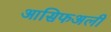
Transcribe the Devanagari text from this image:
आसिफअली